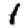
Digit: 1